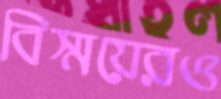
বিস্ময়েরও